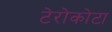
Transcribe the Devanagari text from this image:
टेरोकोटा